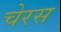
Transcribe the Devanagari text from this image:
चेरस